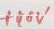
Text: +40V